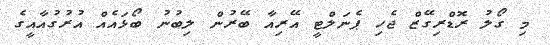
މި ގޯލު ރޮޑްރިގޭޒް ޖެހި ޕެނަލްޓީ އޭރިއާ ބޭރުން ލިބުނު ބޯޅައެއް އުރުގުއާއީގެ